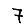
Digit: 7